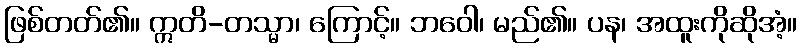
ဖြစ်တတ်၏။ ဣတိ-တသ္မာ၊ ကြောင့်။ ဘဝေါ၊ မည်၏။ ပန၊ အထူးကိုဆိုအံ့။